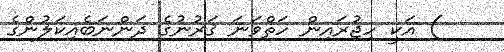
) އަކީ ހިޖުރައިން ހަތްވަނަ ޤަރުނުގެ ދަންނަބެއިކަލުންގެ